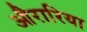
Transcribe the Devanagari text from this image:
औरारिया